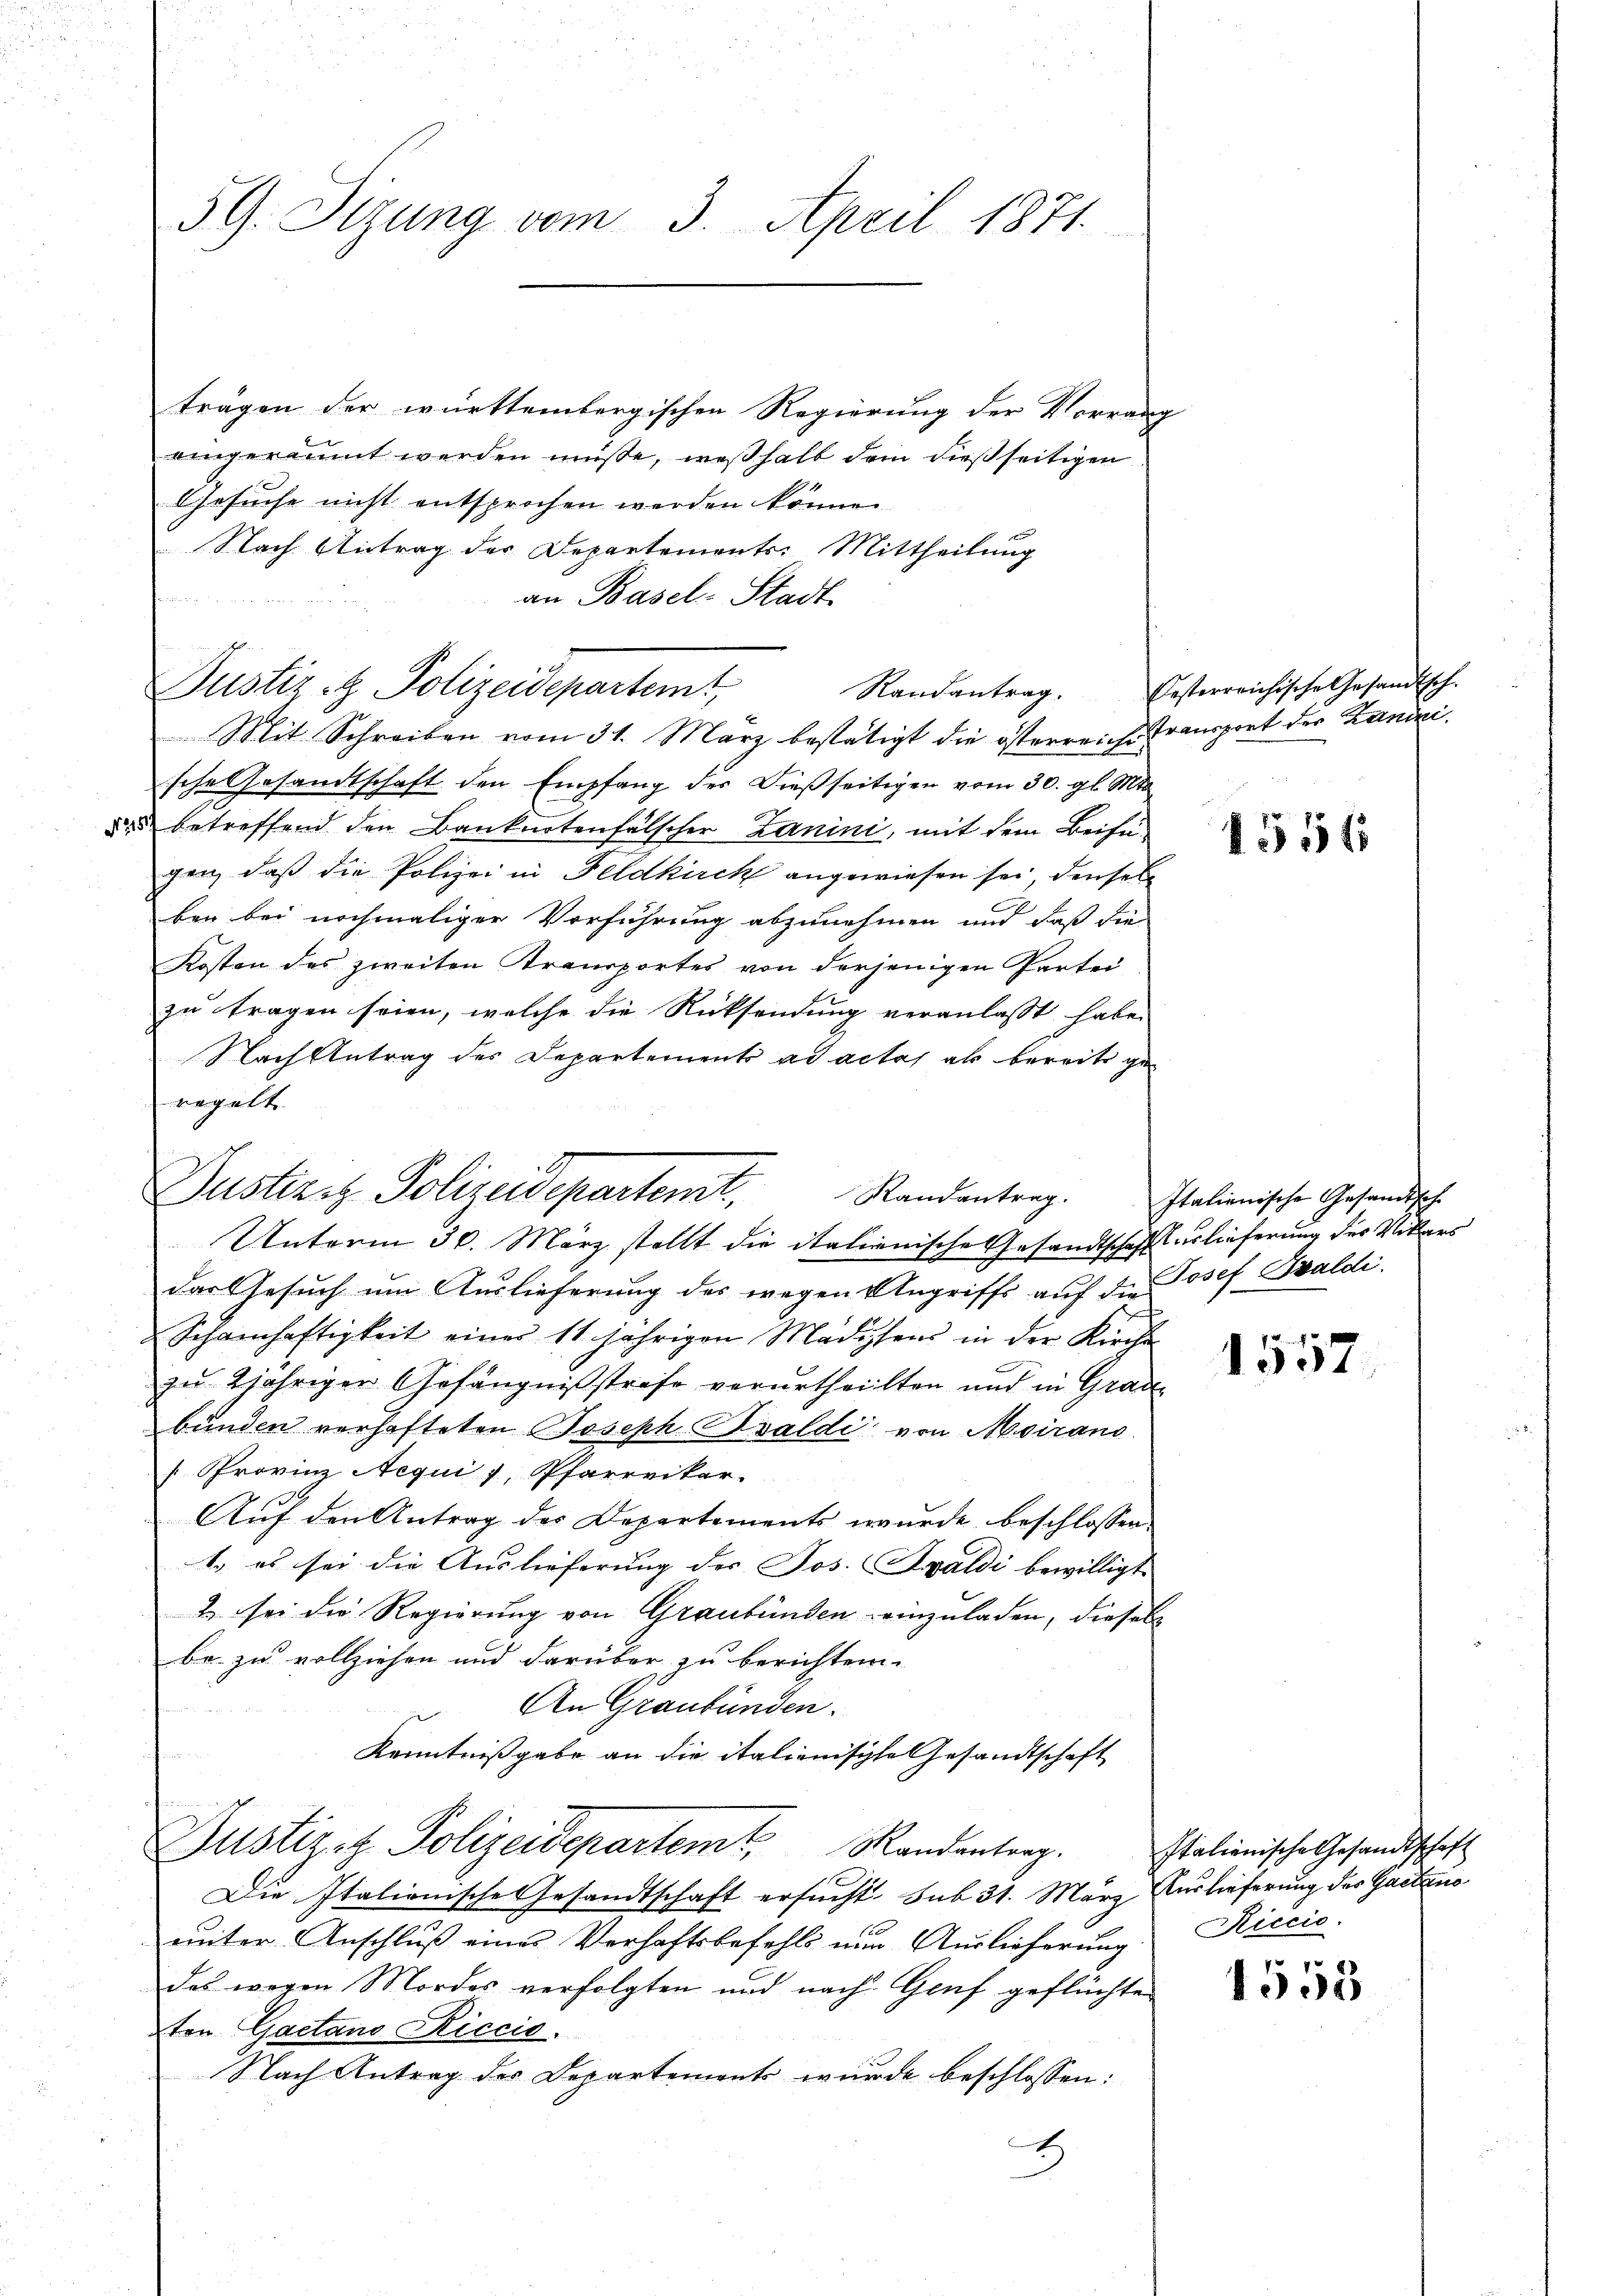
59. Sizung vom 3. April 1871.

trägen der württembergischen Regierung der Vorrang
eingeräumt werden müße, weßhalb dem dießseitigen
Gesuche nicht entsprochen werden können.
Nach Antrag des Departements: Mittheilung
an Basel-Stadt
Justiz- & Polizeidepartemt,

Randantrag.

Mit Schreiben vom 31. März bestätigt die österreiche Transport der Kaninische Gesandtschaft den Empfang des Dießseitigen vom 30. gl. Mts.
dr betreffend den Banknotenfälscher Zanini, mit dem Beifügen, daß die Polizei in Feldkirck angewiesen sei, densel
ben bei nochmaliger Verführung abzunehmen und daß die
Kosten des zweiten Transportes von derjenigen Partei-
zu tragen seien, welche die Rücksendung veranlasst habe.
Nach Antrag des Departements ad actas als bereits geregelt

Justizit Polizeidepartent.
Randantrag.

Unterm 30. März stellt die italienische Gesandtschafft erlieferung des Vikars
das Gesuch um Auslieferung des wegen Angriffs auf die Josef Baldi
Schamhaftigkeit eines 11 jährigen Madihens in der Kirche
zu 2jähriger Gefängnißstrafe verurtheilten und in Grau-
bunden verhafteten Joseph Baldi von Moirand
Provinz Nequis, Pfarrviker.
Auf den Antrag des Departements wurde beschlossen:
b es sei die Auslieferung der Jos. Spaldi bewilligt.
2 sei die Regierung von Graubünden einzuladen, diesel
be zu vollziehen und darüber zu berichten.
An Graubünden.
Kenntnißgabe an die italienischte Gesandtschaft
Justizit Polizeidepartemt. Randenterg
Die Italionische Gesandtschaft ersucht. sub 31. März Auslieferung der Gastens
ŭnter Anschlŭβ eines Verhaftsbefehls nun Aŭslieferŭng Riccio.
das wegen Mordes verfolgten und nach Genf geflüchten
ten Gaetano Riccis.
Nach Antrag der Departements wurde beschlossen:
2

Oesterreichische Gesandtsch.

1551

Italienische Gesandtsch

1557

Italienische Gesandtschaft

1553